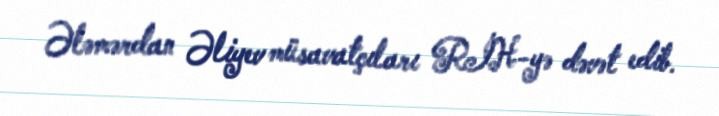
Ələmərdan Əliyev müsavatçıları RİH-yə dəvət edib.